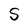
Character: S